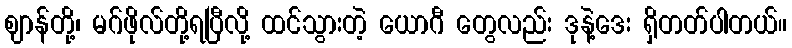
ဈာန်တို့၊ မဂ်ဖိုလ်တို့ရပြီလို့ ထင်သွားတဲ့ ယောဂီ တွေလည်း ဒုနဲ့ဒေး ရှိတတ်ပါတယ်။